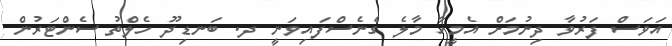
އަވަސް ފަރުވާ ދިނުމަށް އެމީހާ މާލެ ގެނެސްފައިވަނީ ދ. ބަނޑިދޫ ހެލްތު ސެންޓަރުން